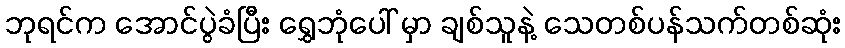
ဘုရင်က အောင်ပွဲခံပြီး ရွှေဘုံပေါ် မှာ ချစ်သူနဲ့ သေတစ်ပန်သက်တစ်ဆုံး